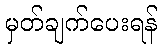
မှတ်ချက်ပေးရန်